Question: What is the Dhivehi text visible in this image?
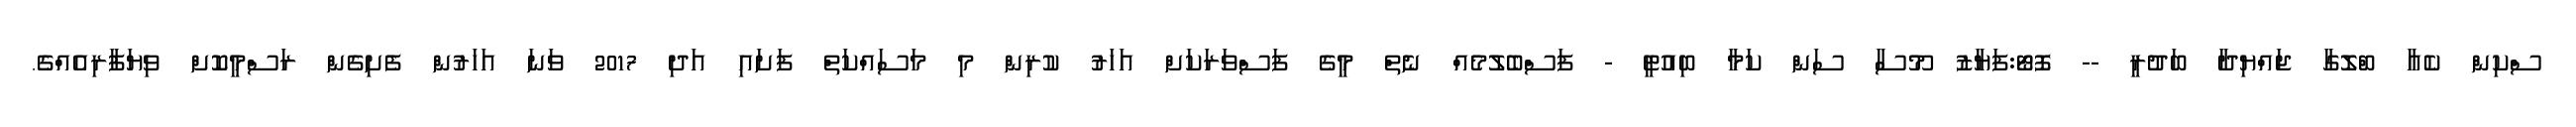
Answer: ސްކިން ކެއާ ބްލޮގާ ޖައްޔިދާ ބަދުރީ -- ފޮޓޯ:ފަޔާޒު މޫސާ ސަން ކަމާ ބިއުޓީ - ފަސްބެލުމެއް ނެތް މީގެ ފަސްވަރަކަށް އަހަރު ކުރިން މި މަސައްކަތް ފަށައި އަދި 2017 ވަނަ އަހަރުން ފެށިގެން ރަސްމީކޮށް ވިޔަފާރިއެއްގެ.